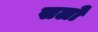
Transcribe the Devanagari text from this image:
सलों